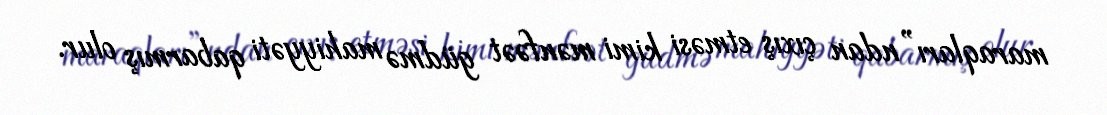
maraqları”ndan çıxış etməsi kimi mənfəət güdmə mahiyyəti qabarmış olur.